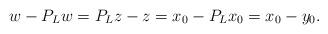
LaTeX: \begin{align*}w-P_Lw=P_Lz-z=x_0-P_Lx_0=x_0-y_0.\end{align*}